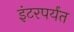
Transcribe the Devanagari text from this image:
इंटरपर्यंत